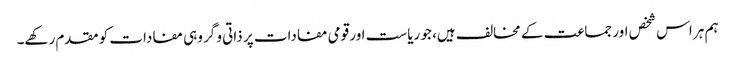
ہم ہر اس شخص اور جماعت کے مخالف ہیں، جو ریاست اور قومی مفادات پر ذاتی و گروہی مفادات کو مقدم رکھے۔